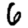
Digit: 6